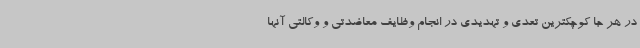
در هر جا کوچکترین تعدی و تهدیدی در انجام وظایف معاضدتی و وکالتی آنها